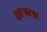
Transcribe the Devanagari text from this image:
क्षात्रता